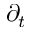
\partial _ { t }